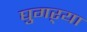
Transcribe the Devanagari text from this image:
घुगऱ्या